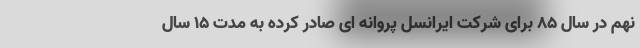
نهم در سال 85 برای شرکت ایرانسل پروانه ای صادر کرده به مدت 15 سال